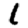
Digit: 1